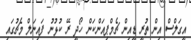
އީގަލްސް އިން ތުރީ ޑީއިން ޗެމްޕިއަންކަން ހޯދީ ރޭ ކުޅުނު ފައިނަލް މެޗުގައި